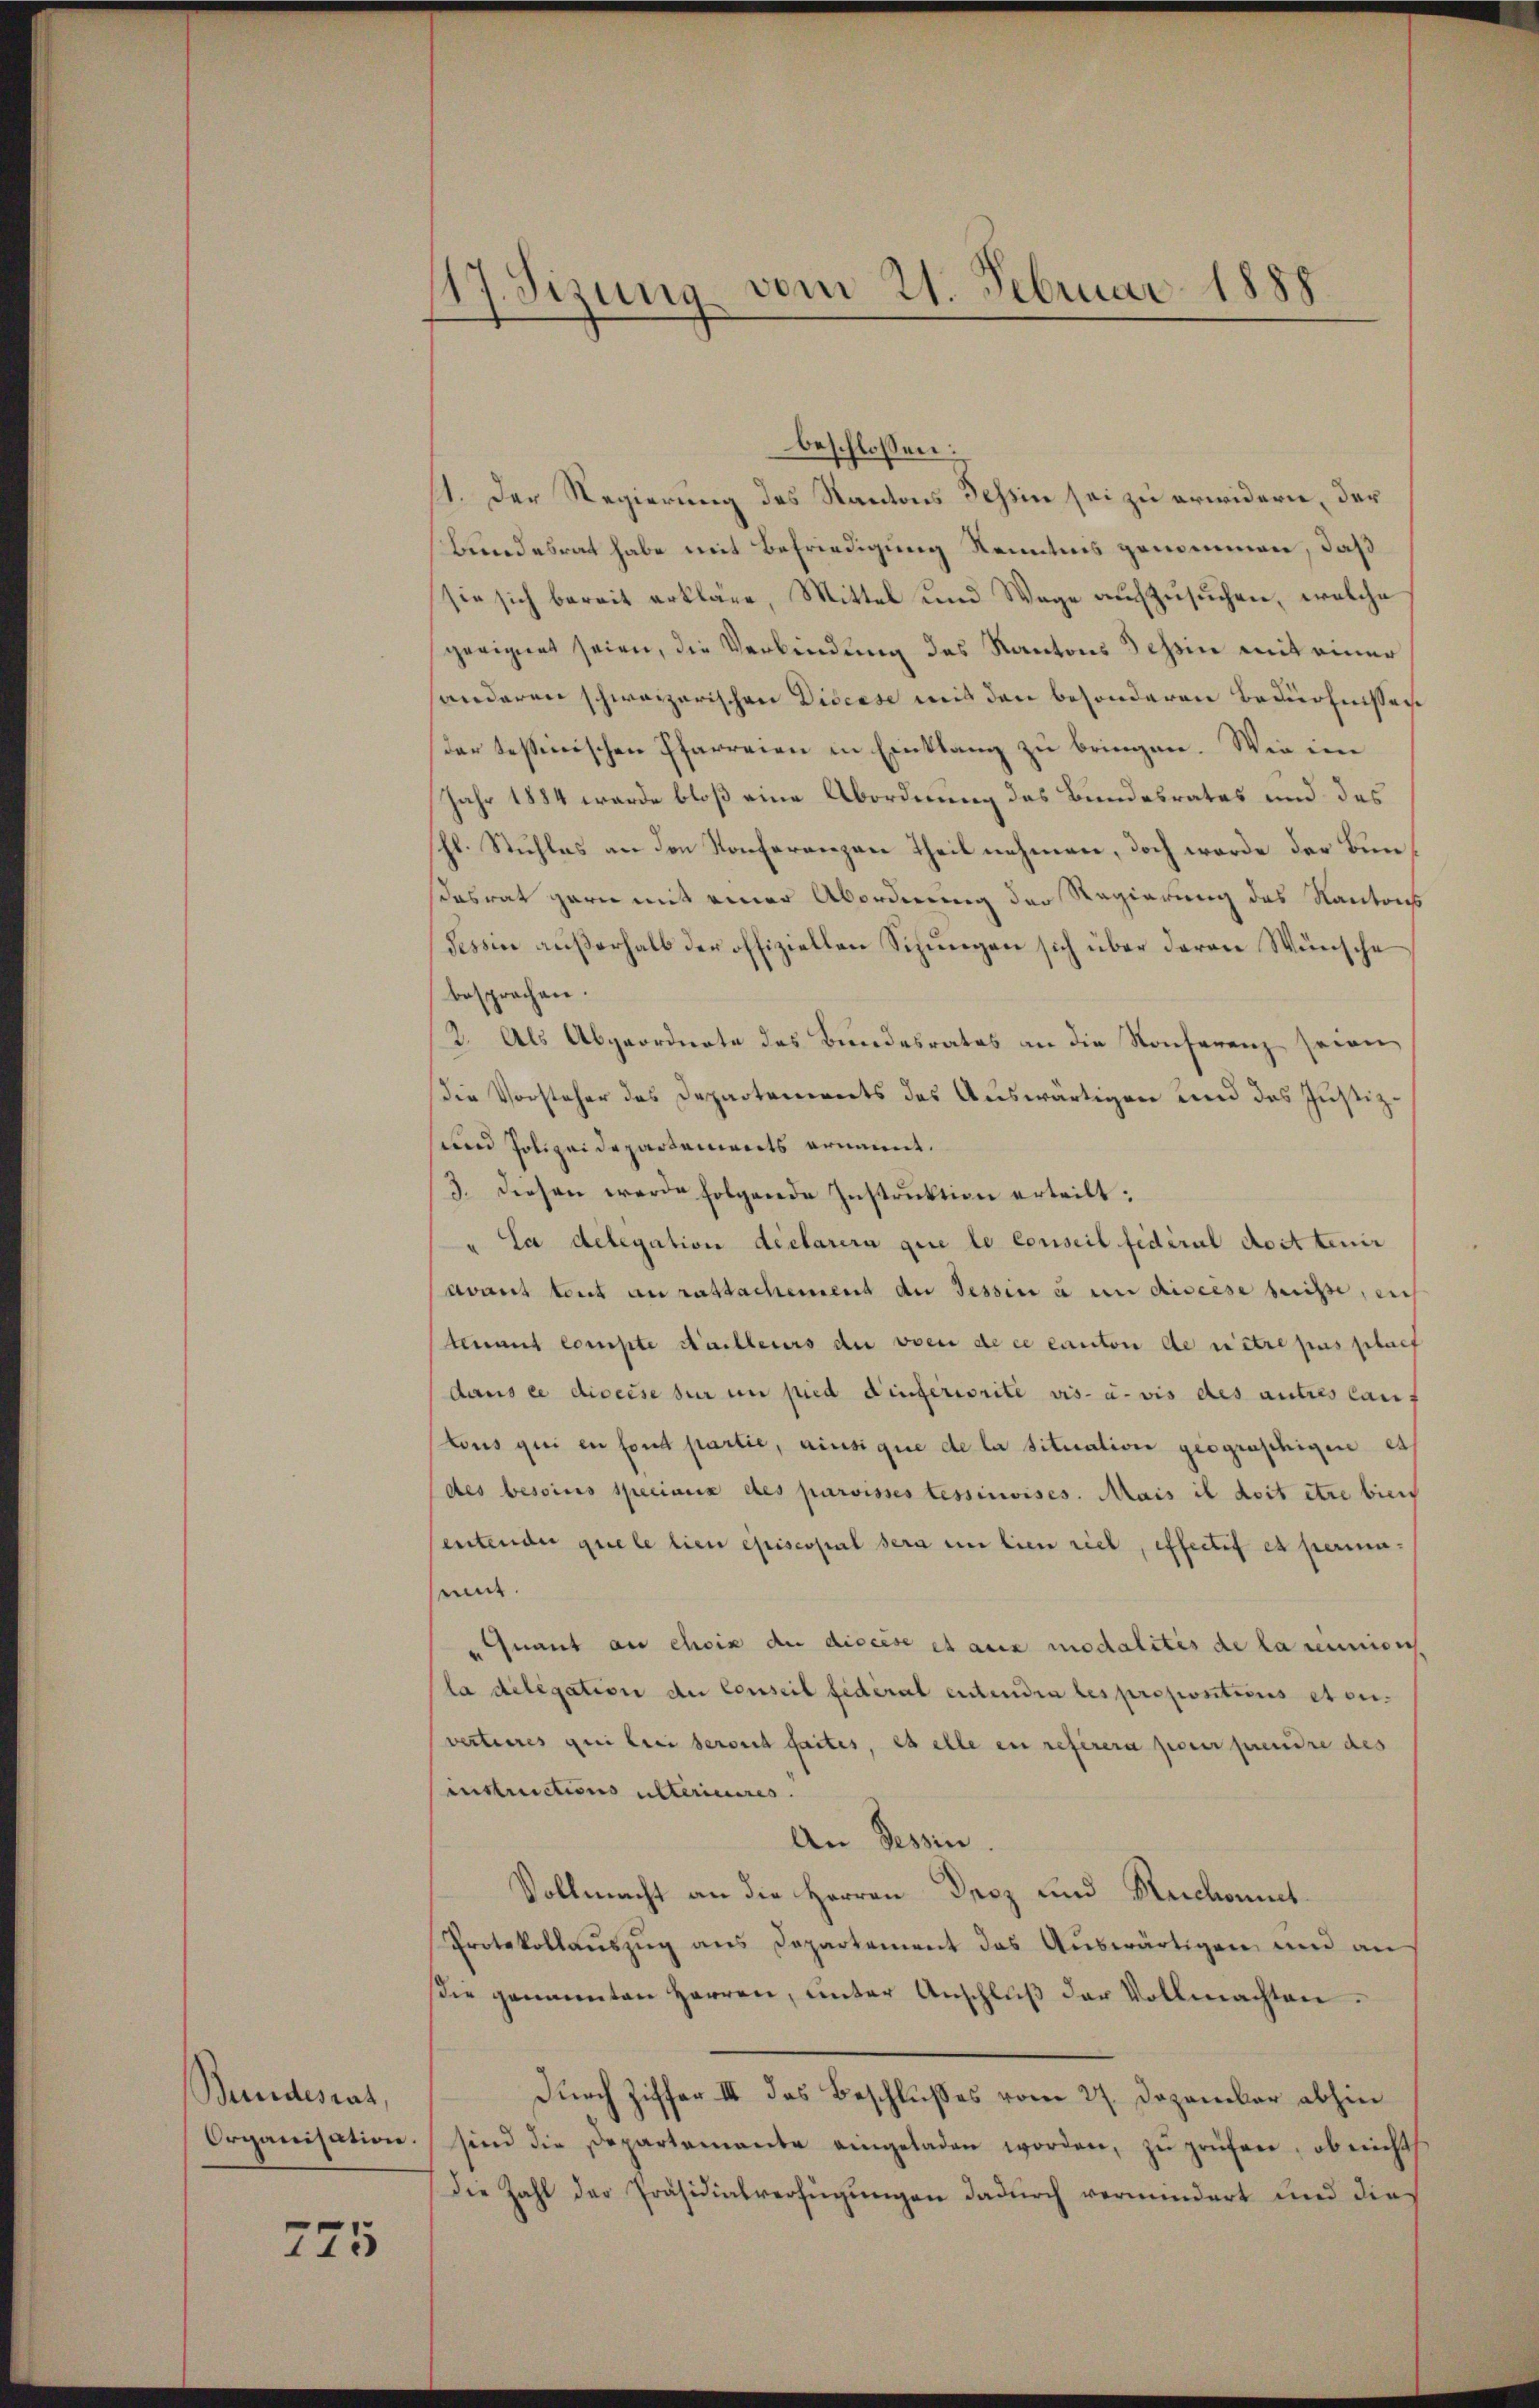
Bundesrat,

775

17. Sizung vom 21. Februar 1888.

beschlossen:
11. Der Regierung des Kantons Tessin sei zu erwidern, der
Bundesrat habe mit Befriedigung Kenntnis genommen, daß
sie sich bereit erkläre, Mittel und Wege aufzusuchen, welche
geeignet seien, die Verbindung des Kantons Tessin mit einer
shanderen schweizerischen Discese mit den besonderen Bedürfnissen
der tessinischen Pfarreien in Einklang zu bringen. Wie im
Jahr 1884 wurde bloß eine Abordnung des Bundesrates und des
hl. Stuhles an den Konferenzen Theil nehmen, doch werde der Bundasrat garn mit einer Abordnung der Regierung des Kantons
Tessin außerhalb der offiziellen Sizungen sich über deren Wünsche
besprochen.
2. Als Abgeordnete des Bundesrates an die Konferenz seien
Die Vorsteher des Departements des Auswärtigen und des Justiz¬
und Polizeidepartements ernannt.
/3. diesen werde folgende Instruktion erteilt;
Sa delegation déclarera que le Conseil fédéral doit tenir
avant tent au ratsachement de Tessin u in discese beeise, sich
tenant compte Stailleurs du von de ce canton de retre pas placf
dans ce diseise sur in pied dingeriorite vis-à-vis des autres lauf
tous qui en fond partie, ainsigne de la situation geograschigen es
(des besoins speciaux des paroisses lessinises. Mais il doit être biens
sentender quele lieu episcopal sera in lien viel, effectif et permaent.
 Quant an choix du discese et aus modalités de la rimin
la delegation der Conseil fédéral entendra les proportions et ou
verteures qui bei seront faites, es alle ein referera parer prendre des
sinstructions ulterieures.
An Tessin.
Vollmacht an die Herren Decz und Reickannt
Protokollauszug aus Departement das Auswärtigen und an
sie genannten Herren, ŭnter Anschlŭβ der Vollmachten.
Durch Ziffer III das Beschlußes vom 27. Dezember abhin
Organisation sind die Departamante eingeladen worden, zŭ prüfen, ob nicht
die Zahl der Präsidialverfügungen dadurch vermindert und dies